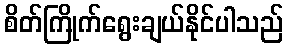
စိတ်ကြိုက်ရွေးချယ်နိုင်ပါသည်